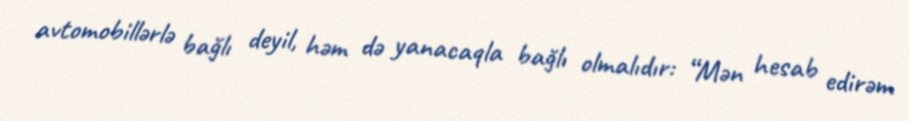
avtomobillərlə bağlı deyil, həm də yanacaqla bağlı olmalıdır: “Mən hesab edirəm